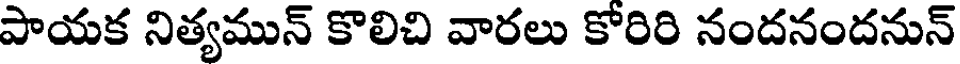
పాయక నిత్యమున్ కొలిచి వారలు కోరిరి నందనందనున్